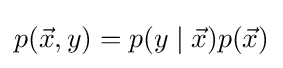
p({\vec {x}},y)=p(y\mid {\vec {x}})p({\vec {x}})